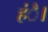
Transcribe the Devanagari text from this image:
हंै।